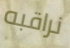
نراقبه